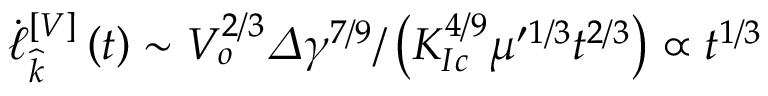
\dot { \ell } _ { \widehat { k } } ^ { \left[ V \right] } \left( t \right) \sim V _ { o } ^ { 2 / 3 } \varDelta \gamma ^ { 7 / 9 } / \left( K _ { I c } ^ { 4 / 9 } \mu ^ { \prime 1 / 3 } t ^ { 2 / 3 } \right) \propto t ^ { 1 / 3 }